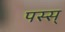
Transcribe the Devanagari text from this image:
पस्स्